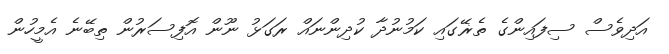
އަދިވެސް ސިފައިންގެ ތެޜޭގައި ކަމުނުދާ ކުދިންނައް ރަގަޅު ނޫން އޮފިސަރުން ތިބޭނެ އެމީހުން